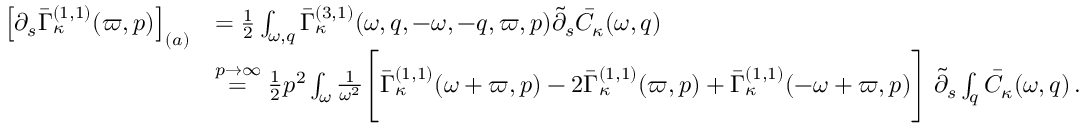
\begin{array} { r l } { \left[ \partial _ { s } \bar { \Gamma } _ { \kappa } ^ { ( 1 , 1 ) } ( \varpi , p ) \right] _ { ( a ) } } & { = \frac 1 2 \int _ { \omega , q } \bar { \Gamma } _ { \kappa } ^ { ( 3 , 1 ) } ( \omega , q , - \omega , - q , \varpi , p ) \tilde { \partial } _ { s } \bar { C } _ { \kappa } ( \omega , q ) } \\ & { \stackrel { p \to \infty } { = } \frac 1 2 p ^ { 2 } \int _ { \omega } \frac 1 { \omega ^ { 2 } } \Bigg [ \bar { \Gamma } _ { \kappa } ^ { ( 1 , 1 ) } ( \omega + \varpi , p ) - 2 \bar { \Gamma } _ { \kappa } ^ { ( 1 , 1 ) } ( \varpi , p ) + \bar { \Gamma } _ { \kappa } ^ { ( 1 , 1 ) } ( - \omega + \varpi , p ) \Bigg ] \; \tilde { \partial } _ { s } \int _ { q } \bar { C } _ { \kappa } ( \omega , q ) \, . } \end{array}